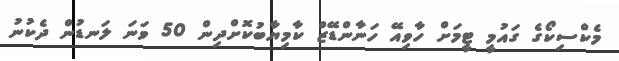
މެކްސިކޯގެ ގައުމީ ޓީމަށް ހާވިއޭ ހަނާންޑޭޒް ކާމިޔާބުކޮށްދިން 50 ވަނަ ލަނޑުން ދެކުނު